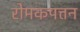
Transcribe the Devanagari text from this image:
रोमकपत्तन